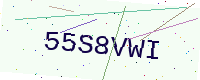
Text: 55S8VWI